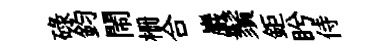
碌鈞閙栅合巖鬚鉅盻侍